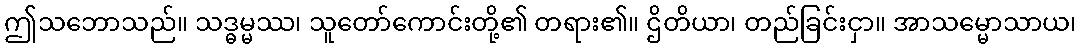
ဤသဘောသည်။ သဒ္ဓမ္မဿ၊ သူတော်ကောင်းတို့၏ တရား၏။ ဌိတိယာ၊ တည်ခြင်းငှာ။ အာသမ္မောသာယ၊